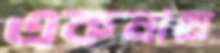
একনামে